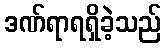
ဒဏ်ရာရရှိခဲ့သည်